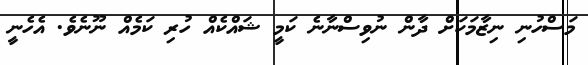
މަސްހުނި ނިޒާމަކަށް ދާން ނުވިސްނާނެ ކަމީ ޝައްކެއް ހުރި ކަމެއް ނޫނެވެ. އެހެނީ